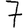
Digit: 7